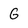
Character: G